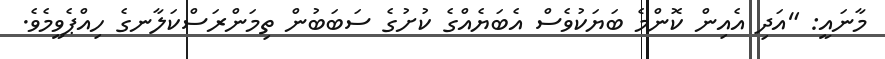
މާނައީ: "އަދި އެއިން ކޮންމެ ބަޔަކުވެސް އެބަޔެއްގެ ކުށުގެ ސަބަބުން ތިމަންރަސްކަލާނގެ ހިއްޕެވީމެވެ.